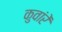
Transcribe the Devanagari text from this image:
कुवांरें